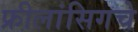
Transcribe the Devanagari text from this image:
फ्रीलांसिगचे